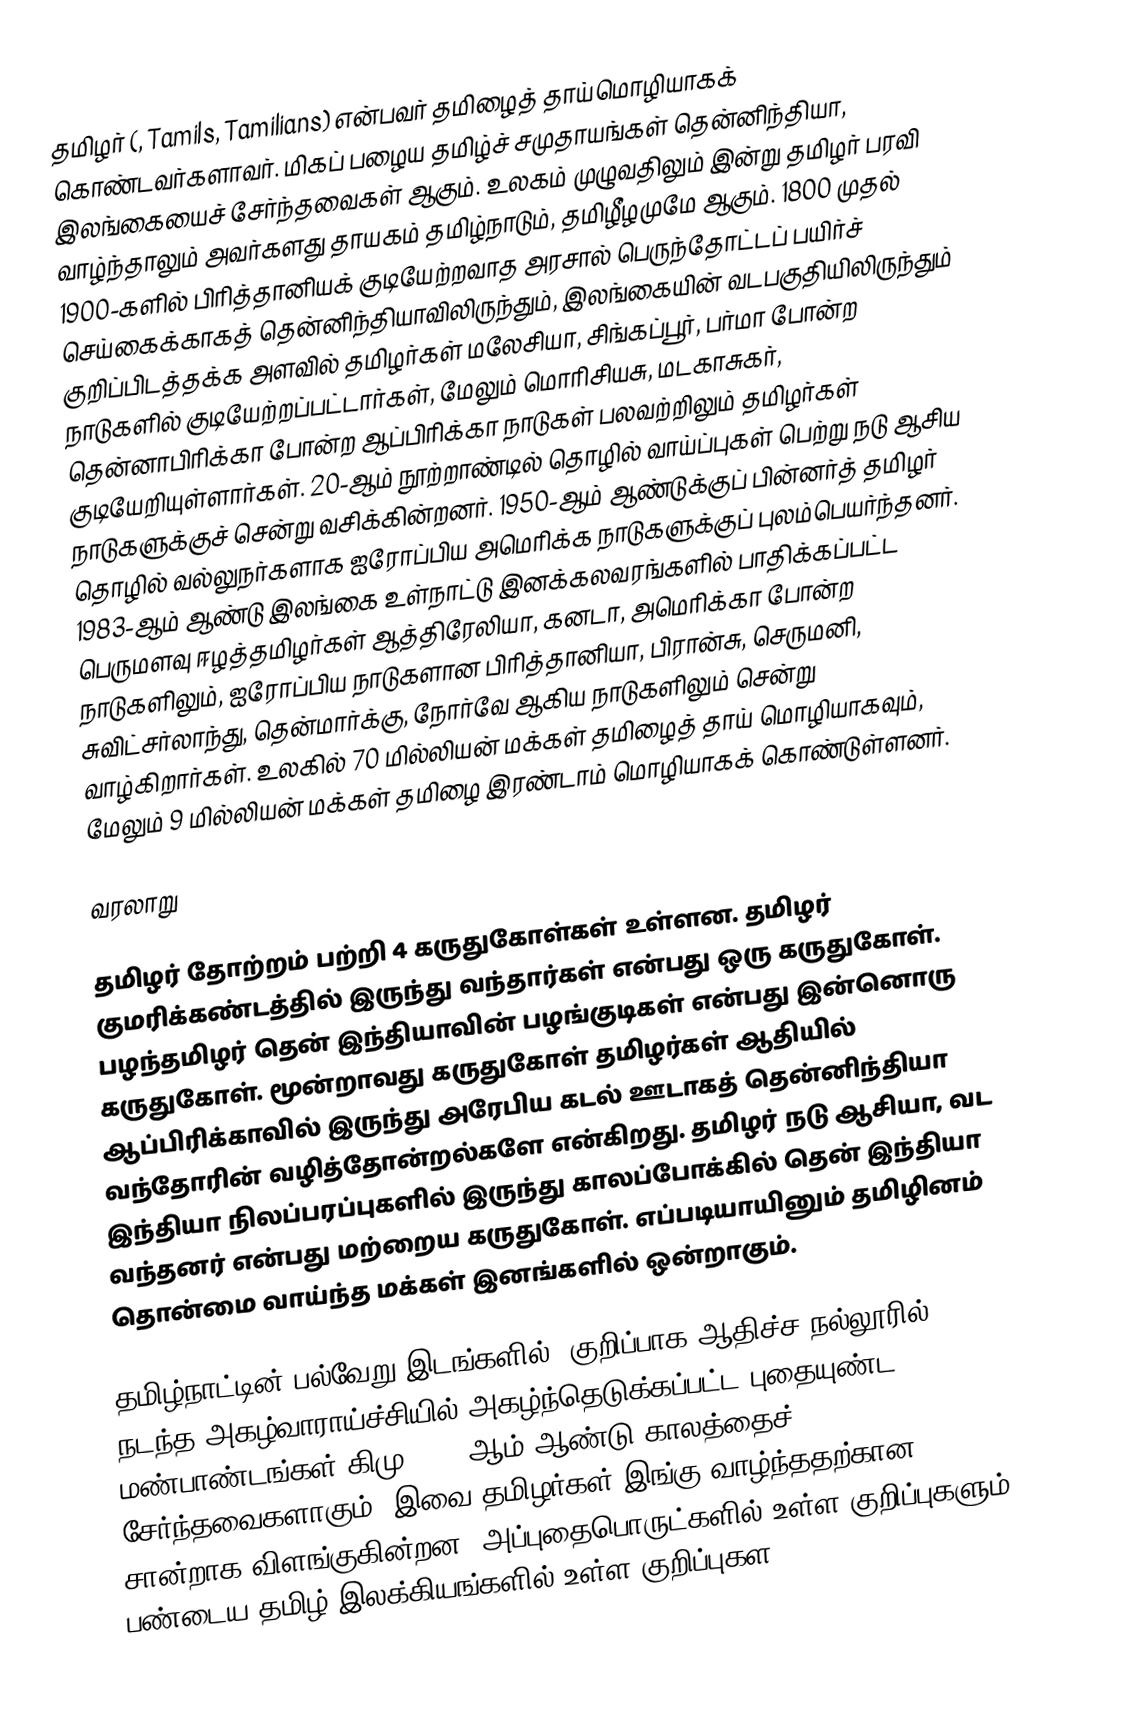
தமிழர் (, Tamils, Tamilians) என்பவர் தமிழைத் தாய்மொழியாகக் கொண்டவர்களாவர். மிகப் பழைய தமிழ்ச் சமுதாயங்கள் தென்னிந்தியா, இலங்கையைச் சேர்ந்தவைகள் ஆகும். உலகம் முழுவதிலும் இன்று தமிழர் பரவி வாழ்ந்தாலும் அவர்களது தாயகம் தமிழ்நாடும், தமிழீழமுமே ஆகும். 1800 முதல் 1900-களில் பிரித்தானியக் குடியேற்றவாத அரசால் பெருந்தோட்டப் பயிர்ச் செய்கைக்காகத் தென்னிந்தியாவிலிருந்தும், இலங்கையின் வடபகுதியிலிருந்தும் குறிப்பிடத்தக்க அளவில் தமிழர்கள் மலேசியா, சிங்கப்பூர், பர்மா போன்ற நாடுகளில் குடியேற்றப்பட்டார்கள், மேலும் மொரிசியசு, மடகாசுகர், தென்னாபிரிக்கா போன்ற ஆப்பிரிக்கா நாடுகள் பலவற்றிலும் தமிழர்கள் குடியேறியுள்ளார்கள். 20-ஆம் நூற்றாண்டில் தொழில் வாய்ப்புகள் பெற்று நடு ஆசிய நாடுகளுக்குச் சென்று வசிக்கின்றனர். 1950-ஆம் ஆண்டுக்குப் பின்னர்த் தமிழர் தொழில் வல்லுநர்களாக ஐரோப்பிய அமெரிக்க நாடுகளுக்குப் புலம்பெயர்ந்தனர். 1983-ஆம் ஆண்டு இலங்கை உள்நாட்டு இனக்கலவரங்களில் பாதிக்கப்பட்ட பெருமளவு ஈழத்தமிழர்கள் ஆத்திரேலியா, கனடா, அமெரிக்கா போன்ற நாடுகளிலும், ஐரோப்பிய நாடுகளான பிரித்தானியா, பிரான்சு, செருமனி, சுவிட்சர்லாந்து, தென்மார்க்கு, நோர்வே ஆகிய நாடுகளிலும் சென்று வாழ்கிறார்கள். உலகில் 70 மில்லியன் மக்கள் தமிழைத் தாய் மொழியாகவும், மேலும் 9 மில்லியன் மக்கள் தமிழை இரண்டாம் மொழியாகக் கொண்டுள்ளனர்.

வரலாறு

தமிழர் தோற்றம் பற்றி 4 கருதுகோள்கள் உள்ளன. தமிழர் குமரிக்கண்டத்தில் இருந்து வந்தார்கள் என்பது ஒரு கருதுகோள். பழந்தமிழர் தென் இந்தியாவின் பழங்குடிகள் என்பது இன்னொரு கருதுகோள். மூன்றாவது கருதுகோள் தமிழர்கள் ஆதியில் ஆப்பிரிக்காவில் இருந்து அரேபிய கடல் ஊடாகத் தென்னிந்தியா வந்தோரின் வழித்தோன்றல்களே என்கிறது. தமிழர் நடு ஆசியா, வட இந்தியா நிலப்பரப்புகளில் இருந்து காலப்போக்கில் தென் இந்தியா வந்தனர் என்பது மற்றைய கருதுகோள். எப்படியாயினும் தமிழினம் தொன்மை வாய்ந்த மக்கள் இனங்களில் ஒன்றாகும்.

தமிழ்நாட்டின் பல்வேறு இடங்களில், குறிப்பாக ஆதிச்ச நல்லூரில், நடந்த அகழ்வாராய்ச்சியில் அகழ்ந்தெடுக்கப்பட்ட புதையுண்ட மண்பாண்டங்கள் கிமு 1000-ஆம் ஆண்டு காலத்தைச் சேர்ந்தவைகளாகும். இவை தமிழர்கள் இங்கு வாழ்ந்ததற்கான சான்றாக விளங்குகின்றன. அப்புதைபொருட்களில் உள்ள குறிப்புகளும் பண்டைய தமிழ் இலக்கியங்களில் உள்ள குறிப்புகள